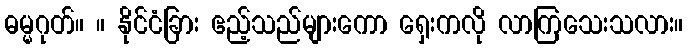
ဓမ္မဂုတ်။ ။ နိုင်ငံခြား ဧည့်သည်များကော ရှေးကလို လာကြသေးသလား။